Indian journal of veterinary science and animal husbandry - Volume 6,
Year: 1936
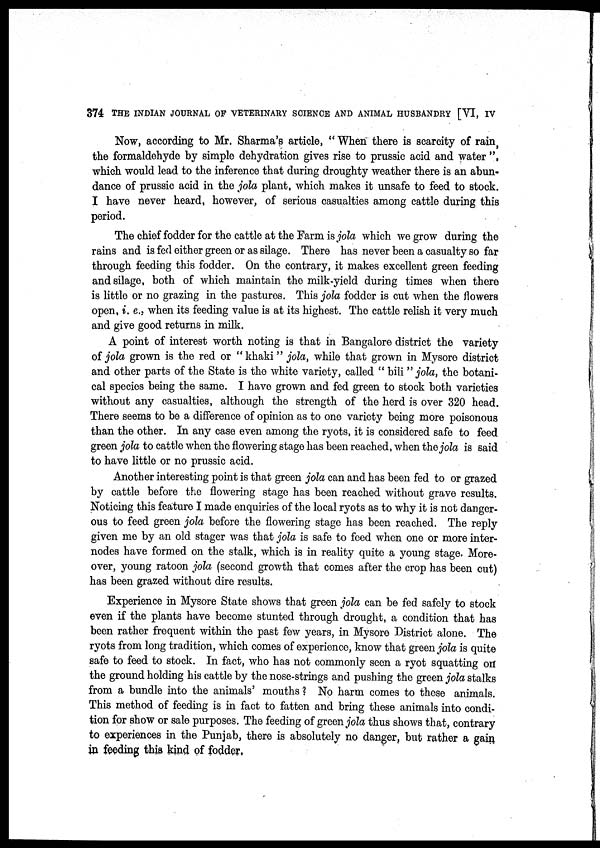
374 THE INDIAN JOURNAL OF VETERINARY SCIENCE AND ANIMAL HUSBANDRY [VI, IV
Now, according to Mr. Sharma's article, " When there is scarcity of rain,
the formaldehyde by simple dehydration gives rise to prussic acid and water ",
which would lead to the inference that during droughty weather there is an abun-
dance of prussic acid in the jola plant, which makes it unsafe to feed to stock.
I have never heard, however, of serious casualties among cattle during this
period.
The chief fodder for the cattle at the Farm is jola which we grow during the
rains and is fed either green or as silage. There has never been a casualty so far
through feeding this fodder. On the contrary, it makes excellent green feeding
and silage, both of which maintain the milk-yield during times when there
is little or no grazing in the pastures. This jola fodder is cut when the flowers
open, i. e., when its feeding value is at its highest. The cattle relish it very much
and give good returns in milk.
A point of interest worth noting is that in Bangalore district the variety
of jola grown is the red or "khaki" jola, while that grown in Mysore district
and other parts of the State is the white variety, called " bili " jola, the botani-
cal species being the same. I have grown and fed green to stock both varieties
without any casualties, although the strength of the herd is over 320 head.
There seems to be a difference of opinion as to one variety being more poisonous
than the other. In any case even among the ryots, it is considered safe to feed
green jola to cattle when the flowering stage has been reached, when the jola is said
to have little or no prussic acid.
Another interesting point is that green jola can and has been fed to or grazed
by cattle before the flowering stage has been reached without grave results.
Noticing this feature I made enquiries of the local ryots as to why it is not danger-
ous to feed green jola before the flowering stage has been reached. The reply
given me by an old stager was that jola is safe to feed when one or more inter-
nodes have formed on the stalk, which is in reality quite a young stage. More-
over, young ratoon jola (second growth that comes after the crop has been cut)
has been grazed without dire results.
Experience in Mysore State shows that green jola can be fed safely to stock
even if the plants have become stunted through drought, a condition that has
been rather frequent within the past few years, in Mysore District alone. The
ryots from long tradition, which comes of experience, know that green jola is quite
safe to feed to stock. In fact, who has not commonly seen a ryot squatting on
the ground holding his cattle by the nose-strings and pushing the green jola stalks
from a bundle into the animals' mouths ? No harm comes to these animals.
This method of feeding is in fact to fatten and bring these animals into condi-
tion for show or sale purposes. The feeding of green jola thus shows that, contrary
to experiences in the Punjab, there is absolutely no danger, but rather a gain
in feeding this kind of fodder,